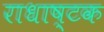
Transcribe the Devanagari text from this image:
राधाष्टक